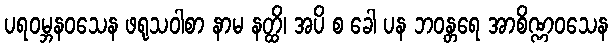
ပရဝမ္ဘနဝသေန ဖရုသဝါစာ နာမ နတ္ထိ၊ အပိ စ ခေါ ပန ဘဝန္တရေ အာစိဏ္ဏဝသေန